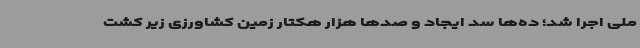
ملی اجرا شد؛ ده‌ها سد ایجاد و صدها هزار هکتار زمین کشاورزی زیر کشت